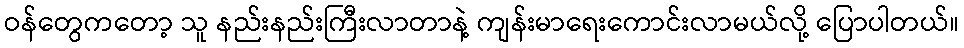
ဝန်တွေကတော့ သူ နည်းနည်းကြီးလာတာနဲ့ ကျန်းမာရေးကောင်းလာမယ်လို့ ပြောပါတယ်။